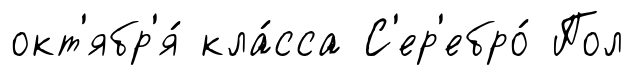
окт'ябр'я́ кла́сса С'ер'ебро́ Пол